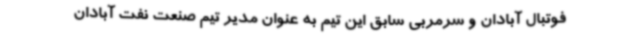
فوتبال آبادان و سرمربی سابق این تیم به عنوان مدیر تیم صنعت نفت آبادان